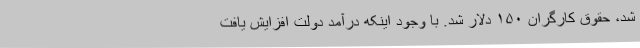
شد، حقوق کارگران ۱۵۰ دلار شد. با وجود اینکه درآمد دولت افزایش یافت